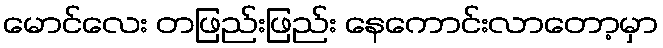
မောင်လေး တဖြည်းဖြည်း နေကောင်းလာတော့မှာ